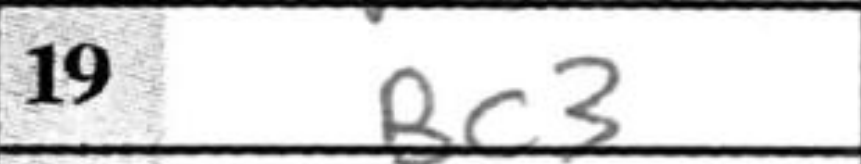
Transcription: Bc3